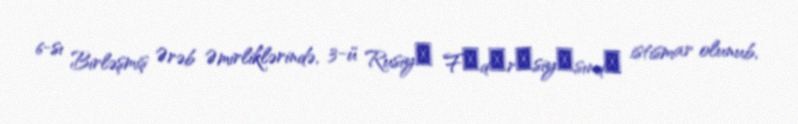
6-sı Birləşmiş Ərəb Əmirliklərində, 3-ü Rusiyа Fеdеrаsiyаsındа istismar olunub,